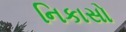
નિકાસો